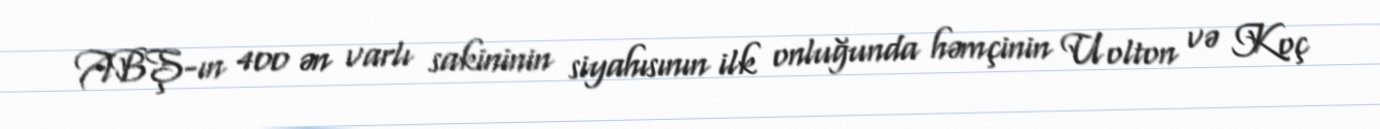
ABŞ-ın 400 ən varlı sakininin siyahısının ilk onluğunda həmçinin Uolton və Koç